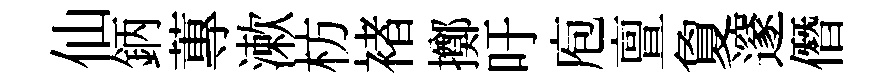
仙鈵蓴漱枋褚擲吁庖亶夐邃僭